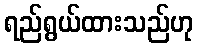
ရည်ရွယ်ထားသည်ဟု